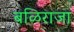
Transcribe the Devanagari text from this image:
बळिराजा